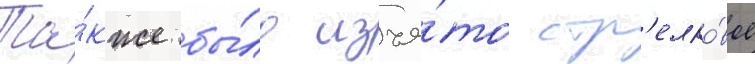
Та́кже бы́ло изъя́то стр'елко́вое